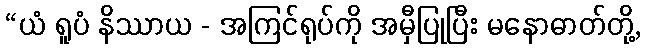
“ယံ ရူပံ နိဿာယ - အကြင်ရုပ်ကို အမှီပြုပြီး မနောဓာတ်တို့,